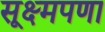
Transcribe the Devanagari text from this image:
सूक्ष्मपणा